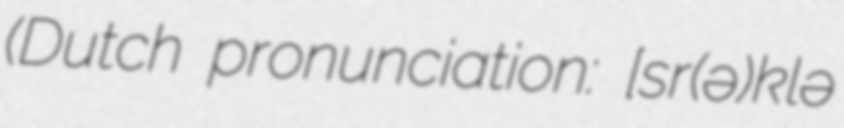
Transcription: (Dutch pronunciation: [ˈsɛr(ə)klə